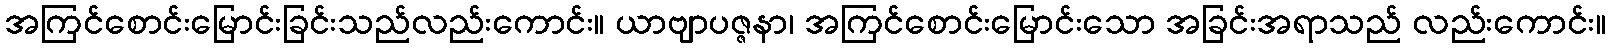
အကြင်စောင်းမြောင်းခြင်းသည်လည်းကောင်း။ ယာဗျာပဇ္ဇနာ၊ အကြင်စောင်းမြောင်းသော အခြင်းအရာသည် လည်းကောင်း။